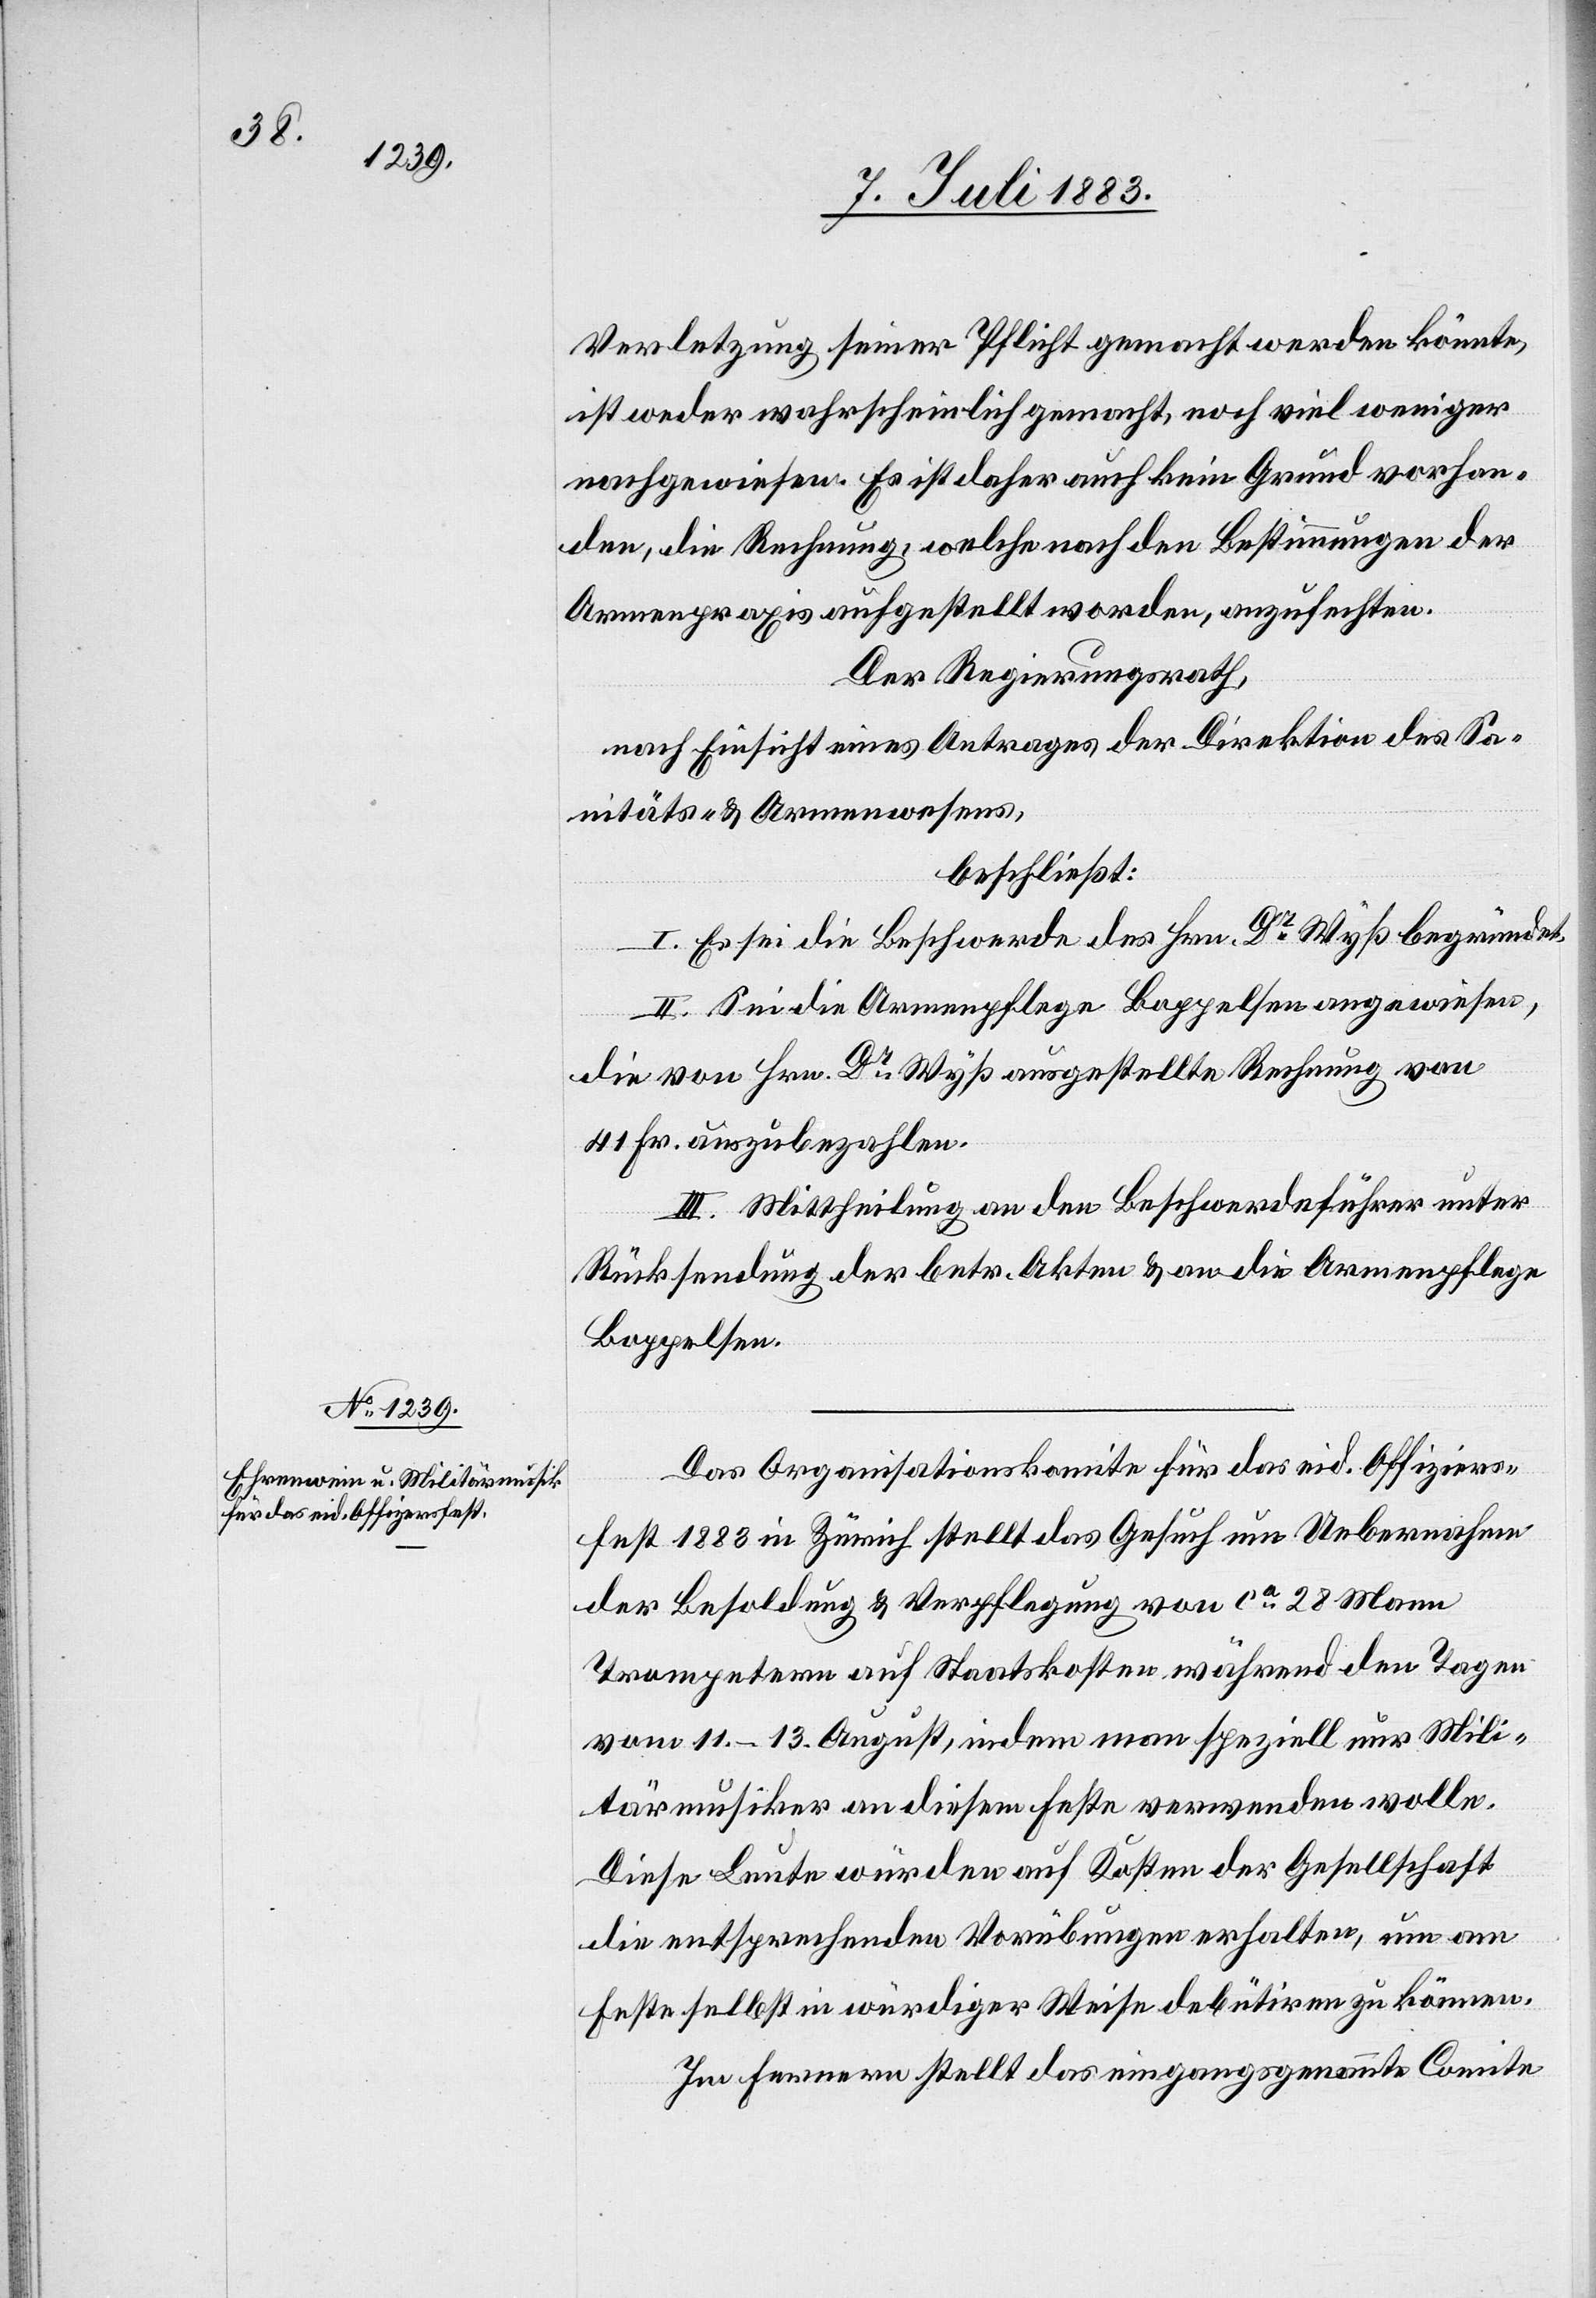
Verletzung seiner Pflicht gemacht werden könnte,
ist weder wahrscheinlich gemacht, noch viel weniger
nachgewiesen. Es ist daher auch kein Grund vorhan¬
den, die Rechnung, welche nach den Bestimmungen der
Armenpraxis aufgestellt worden, anzufechten.
Der Regierungsrath,
nach Einsicht eines Antrages der Direktion des Sa¬
nitäts- & Armenwesens,
beschließt:
I. Es sei die Beschwerde des Hrn. Dr Wyß begründet.
II. Sei die Armenpflege Boppelsen angewiesen,
die von Hrn. Dr Wyß aufgestellte Rechnung von
41 Fr. auszubezahlen.
III. Mittheilung an den Beschwerdeführer unter
Rücksendung der betr. Akten & an die Armenpflege
Boppelsen.
Das Organisationskomite für das eid. Offiziers¬
fest 1883 in Zürich stellt das Gesuch um Uebernahme
der Besoldung & Verpflegung von ca 28 Mann
Trompetern auf Staatskosten während den Tagen
vom 11.–13. August, indem man speziell nur Mili¬
tärmusiker an diesem Feste verwenden wolle.
Diese Leute würden auf Kosten der Gesellschaft
die entsprechenden Vorübungen erhalten, um am
Feste selbst in würdiger Weise debütiren zu können.
Im Fernern stellt das eingangsgenannte Comite